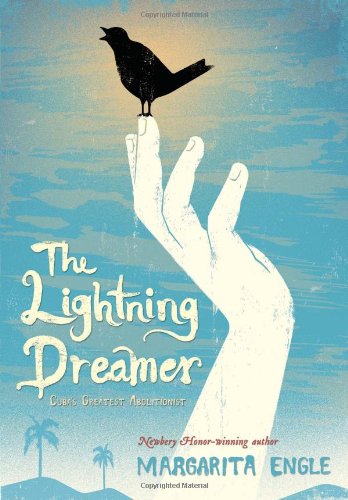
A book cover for The Lightning Dreamer: Cuba's Greatest Abolitionist; Margarita Engle; Teen & Young Adult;